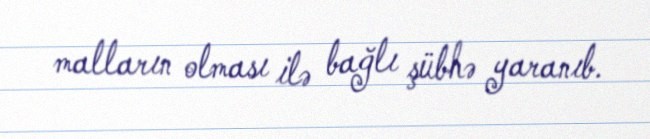
malların olması ilə bağlı şübhə yaranıb.